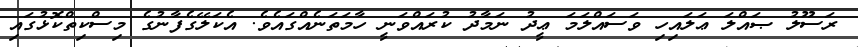
ރަސޫލު ޞައްލަ ޢަލައިހި ވަސައްލަމަ ޢީދު ނަމާދު ކުރައްވަނީ ހާމަތަނެއްގައެވެ. އެކަލޭގެފާނުގެ މިސްކިތްކޮޅުގައި